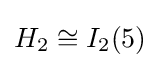
H_{2}\cong I_{2}(5)